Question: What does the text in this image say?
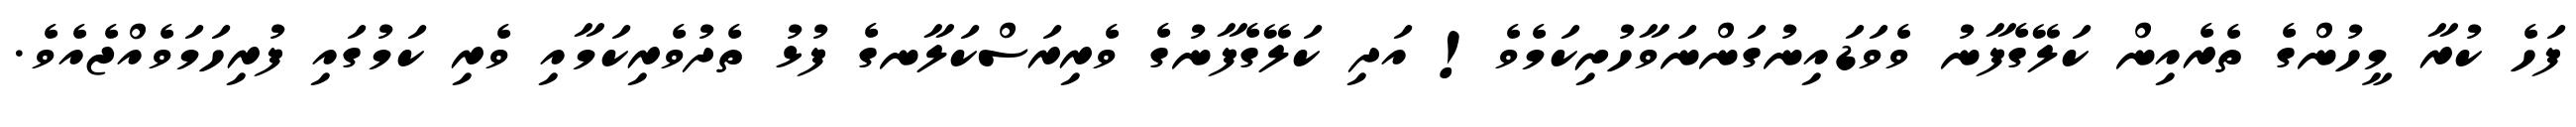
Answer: ފަހެ ކުރާ މީހުންގެ ތެރެއިން ކަލޭގެފާނު ވެވަޑައިނުގަންނަވާހުށިކަމެވެ! އަދި ކަލޭގެފާނުގެ ވެރިރަސްކަލާނގެ ފުޅު ތެދުވެރިކަމާއި ވެރި ކަމުގައި ފުރިހަމަވެއްޖެއެވެ.